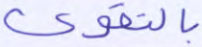
بالتقوى